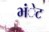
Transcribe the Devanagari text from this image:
भंेट